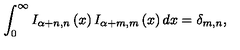
\int _ { 0 } ^ { \infty } I _ { \alpha + n , n } \left( x \right) I _ { \alpha + m , m } \left( x \right) d x = \delta _ { m , n } ,